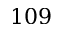
1 0 9